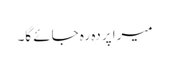
میرا پردہ رہ جائے گا۔